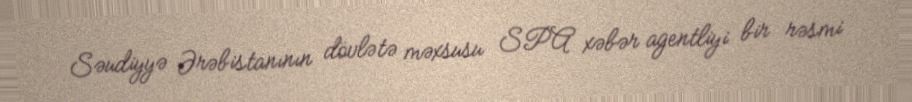
Səudiyyə Ərəbistanının dövlətə məxsusu SPA xəbər agentliyi bir rəsmi